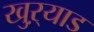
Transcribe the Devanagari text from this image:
खुऱ्याड